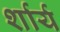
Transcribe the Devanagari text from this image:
र्शार्य